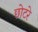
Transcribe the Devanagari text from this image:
छोटरे